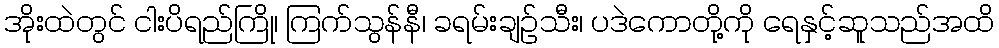
အိုးထဲတွင် ငါးပိရည်ကြို၊ ကြက်သွန်နီ၊ ခရမ်းချဉ်သီး၊ ပဒဲကောတို့ကို ရေနှင့်ဆူသည်အထိ